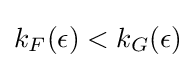
k_{F}(\epsilon )<k_{G}(\epsilon )